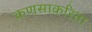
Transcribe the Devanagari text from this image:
कणसाकरिता